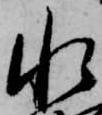
水